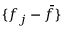
\{ f _ { j } - \bar { f } \}